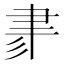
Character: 𦘔